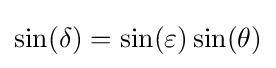
\sin(\delta )=\sin(\varepsilon )\sin(\theta )